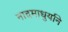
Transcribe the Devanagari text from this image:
नादमाधुर्याने